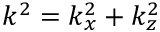
k ^ { 2 } = k _ { x } ^ { 2 } + k _ { z } ^ { 2 }